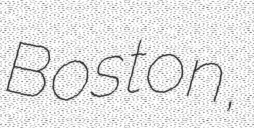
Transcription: Boston,